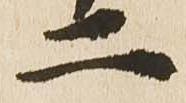
二